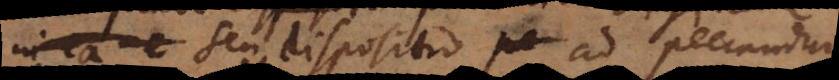
inale seu dispositio ad peccandum